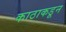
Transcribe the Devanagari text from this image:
काठाकडून